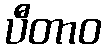
ပီတာဝ